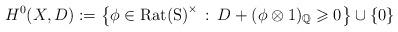
LaTeX: \begin{align*}H^0(X,D):=\left\{\phi\in\mathrm{Rat(S)}^{\times}\,:\,D+(\phi\otimes 1)_{\mathbb Q}\geqslant 0\right\}\cup\{0\}\end{align*}